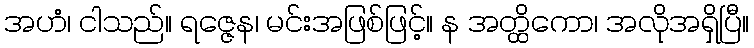
အဟံ၊ ငါသည်။ ရဇ္ဇေန၊ မင်းအဖြစ်ဖြင့်။ န အတ္ထိကော၊ အလိုအရှိပြီ။